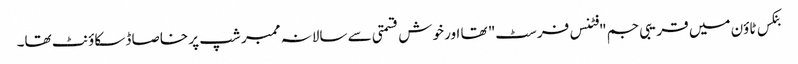
بنکس ٹاؤن میں قریبی جم "فٹنس فرسٹ" تھا اور خوش قسمتی سے سالانہ ممبر شپ پر خاصا ڈسکاؤنٹ تھا۔